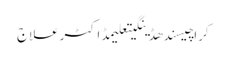
کراچیسندھڈینگیتعلیمڈاکٹرعلاج